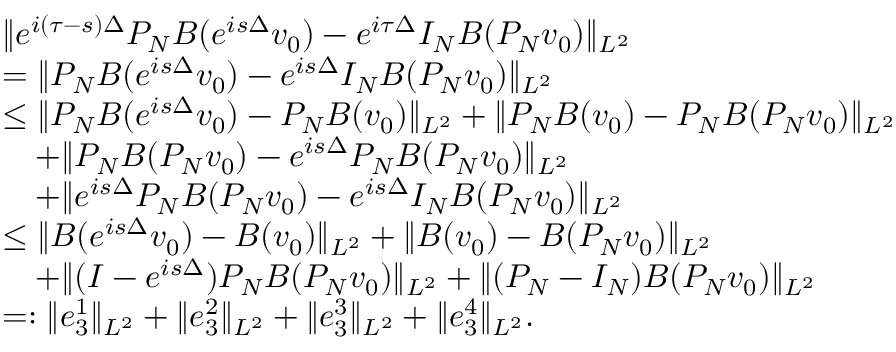
\begin{array} { r l } & { \| e ^ { i ( \tau - s ) \Delta } P _ { N } B ( e ^ { i s \Delta } v _ { 0 } ) - e ^ { i \tau \Delta } I _ { N } B ( P _ { N } v _ { 0 } ) \| _ { L ^ { 2 } } } \\ & { = \| P _ { N } B ( e ^ { i s \Delta } v _ { 0 } ) - e ^ { i s \Delta } I _ { N } B ( P _ { N } v _ { 0 } ) \| _ { L ^ { 2 } } } \\ & { \leq \| P _ { N } B ( e ^ { i s \Delta } v _ { 0 } ) - P _ { N } B ( v _ { 0 } ) \| _ { L ^ { 2 } } + \| P _ { N } B ( v _ { 0 } ) - P _ { N } B ( P _ { N } v _ { 0 } ) \| _ { L ^ { 2 } } } \\ & { \quad + \| P _ { N } B ( P _ { N } v _ { 0 } ) - e ^ { i s \Delta } P _ { N } B ( P _ { N } v _ { 0 } ) \| _ { L ^ { 2 } } } \\ & { \quad + \| e ^ { i s \Delta } P _ { N } B ( P _ { N } v _ { 0 } ) - e ^ { i s \Delta } I _ { N } B ( P _ { N } v _ { 0 } ) \| _ { L ^ { 2 } } } \\ & { \leq \| B ( e ^ { i s \Delta } v _ { 0 } ) - B ( v _ { 0 } ) \| _ { L ^ { 2 } } + \| B ( v _ { 0 } ) - B ( P _ { N } v _ { 0 } ) \| _ { L ^ { 2 } } } \\ & { \quad + \| ( I - e ^ { i s \Delta } ) P _ { N } B ( P _ { N } v _ { 0 } ) \| _ { L ^ { 2 } } + \| ( P _ { N } - I _ { N } ) B ( P _ { N } v _ { 0 } ) \| _ { L ^ { 2 } } } \\ & { = : \| e _ { 3 } ^ { 1 } \| _ { L ^ { 2 } } + \| e _ { 3 } ^ { 2 } \| _ { L ^ { 2 } } + \| e _ { 3 } ^ { 3 } \| _ { L ^ { 2 } } + \| e _ { 3 } ^ { 4 } \| _ { L ^ { 2 } } . } \end{array}